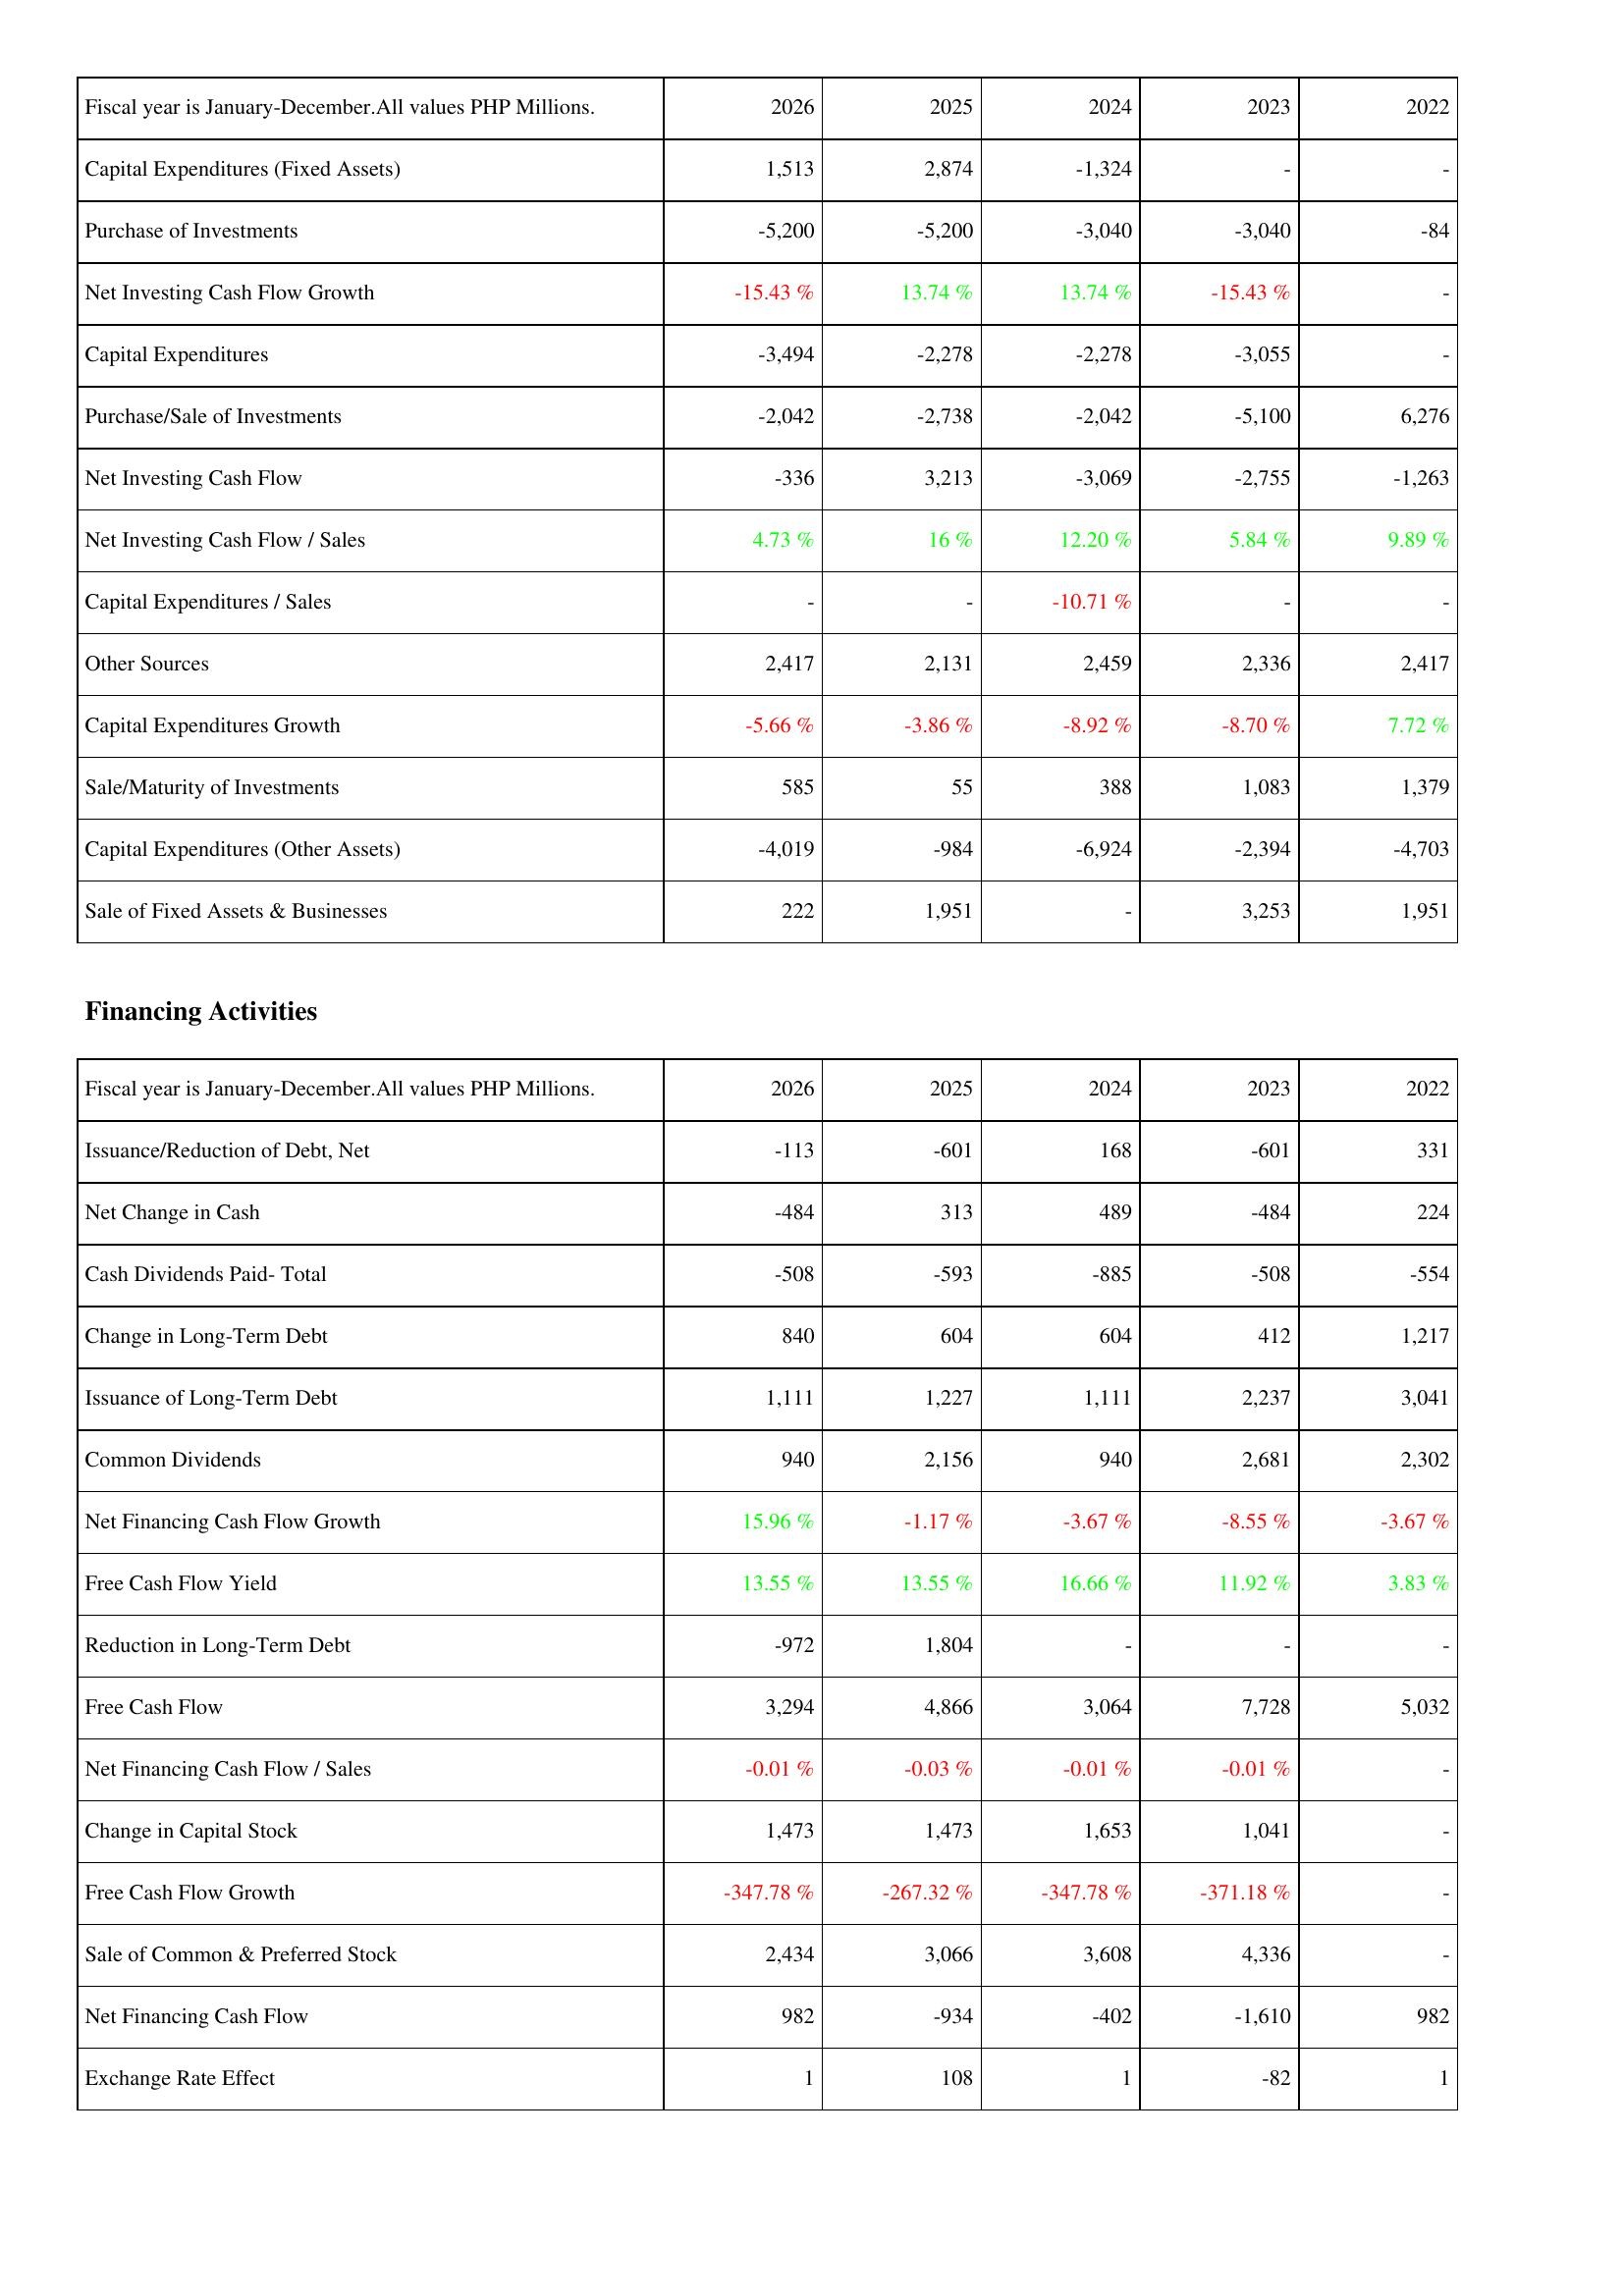
2026: Investing Activities: Capital Expenditures (Fixed Assets): 1,513
Purchase of Investments: -5,200
Net Investing Cash Flow Growth: -15.43 %
Capital Expenditures: -3,494
Purchase/Sale of Investments: -2,042
Net Investing Cash Flow: -336
Net Investing Cash Flow / Sales: 4.73 %
Capital Expenditures / Sales: -
Other Sources: 2,417
Capital Expenditures Growth: -5.66 %
Sale/Maturity of Investments: 585
Capital Expenditures (Other Assets): -4,019
Sale of Fixed Assets & Businesses: 222
Financing Activities: Issuance/Reduction of Debt, Net: -113
Net Change in Cash: -484
Cash Dividends Paid- Total: -508
Change in Long-Term Debt: 840
Issuance of Long-Term Debt: 1,111
Common Dividends: 940
Net Financing Cash Flow Growth: 15.96 %
Free Cash Flow Yield: 13.55 %
Reduction in Long-Term Debt: -972
Free Cash Flow: 3,294
Net Financing Cash Flow / Sales: -0.01 %
Change in Capital Stock: 1,473
Free Cash Flow Growth: -347.78 %
Sale of Common & Preferred Stock: 2,434
Net Financing Cash Flow: 982
Exchange Rate Effect: 1
2025: Investing Activities: Capital Expenditures (Fixed Assets): 2,874
Purchase of Investments: -5,200
Net Investing Cash Flow Growth: 13.74 %
Capital Expenditures: -2,278
Purchase/Sale of Investments: -2,738
Net Investing Cash Flow: 3,213
Net Investing Cash Flow / Sales: 16 %
Capital Expenditures / Sales: -
Other Sources: 2,131
Capital Expenditures Growth: -3.86 %
Sale/Maturity of Investments: 55
Capital Expenditures (Other Assets): -984
Sale of Fixed Assets & Businesses: 1,951
Financing Activities: Issuance/Reduction of Debt, Net: -601
Net Change in Cash: 313
Cash Dividends Paid- Total: -593
Change in Long-Term Debt: 604
Issuance of Long-Term Debt: 1,227
Common Dividends: 2,156
Net Financing Cash Flow Growth: -1.17 %
Free Cash Flow Yield: 13.55 %
Reduction in Long-Term Debt: 1,804
Free Cash Flow: 4,866
Net Financing Cash Flow / Sales: -0.03 %
Change in Capital Stock: 1,473
Free Cash Flow Growth: -267.32 %
Sale of Common & Preferred Stock: 3,066
Net Financing Cash Flow: -934
Exchange Rate Effect: 108
2024: Investing Activities: Capital Expenditures (Fixed Assets): -1,324
Purchase of Investments: -3,040
Net Investing Cash Flow Growth: 13.74 %
Capital Expenditures: -2,278
Purchase/Sale of Investments: -2,042
Net Investing Cash Flow: -3,069
Net Investing Cash Flow / Sales: 12.20 %
Capital Expenditures / Sales: -10.71 %
Other Sources: 2,459
Capital Expenditures Growth: -8.92 %
Sale/Maturity of Investments: 388
Capital Expenditures (Other Assets): -6,924
Sale of Fixed Assets & Businesses: -
Financing Activities: Issuance/Reduction of Debt, Net: 168
Net Change in Cash: 489
Cash Dividends Paid- Total: -885
Change in Long-Term Debt: 604
Issuance of Long-Term Debt: 1,111
Common Dividends: 940
Net Financing Cash Flow Growth: -3.67 %
Free Cash Flow Yield: 16.66 %
Reduction in Long-Term Debt: -
Free Cash Flow: 3,064
Net Financing Cash Flow / Sales: -0.01 %
Change in Capital Stock: 1,653
Free Cash Flow Growth: -347.78 %
Sale of Common & Preferred Stock: 3,608
Net Financing Cash Flow: -402
Exchange Rate Effect: 1
2023: Investing Activities: Capital Expenditures (Fixed Assets): -
Purchase of Investments: -3,040
Net Investing Cash Flow Growth: -15.43 %
Capital Expenditures: -3,055
Purchase/Sale of Investments: -5,100
Net Investing Cash Flow: -2,755
Net Investing Cash Flow / Sales: 5.84 %
Capital Expenditures / Sales: -
Other Sources: 2,336
Capital Expenditures Growth: -8.70 %
Sale/Maturity of Investments: 1,083
Capital Expenditures (Other Assets): -2,394
Sale of Fixed Assets & Businesses: 3,253
Financing Activities: Issuance/Reduction of Debt, Net: -601
Net Change in Cash: -484
Cash Dividends Paid- Total: -508
Change in Long-Term Debt: 412
Issuance of Long-Term Debt: 2,237
Common Dividends: 2,681
Net Financing Cash Flow Growth: -8.55 %
Free Cash Flow Yield: 11.92 %
Reduction in Long-Term Debt: -
Free Cash Flow: 7,728
Net Financing Cash Flow / Sales: -0.01 %
Change in Capital Stock: 1,041
Free Cash Flow Growth: -371.18 %
Sale of Common & Preferred Stock: 4,336
Net Financing Cash Flow: -1,610
Exchange Rate Effect: -82
2022: Investing Activities: Capital Expenditures (Fixed Assets): -
Purchase of Investments: -84
Net Investing Cash Flow Growth: -
Capital Expenditures: -
Purchase/Sale of Investments: 6,276
Net Investing Cash Flow: -1,263
Net Investing Cash Flow / Sales: 9.89 %
Capital Expenditures / Sales: -
Other Sources: 2,417
Capital Expenditures Growth: 7.72 %
Sale/Maturity of Investments: 1,379
Capital Expenditures (Other Assets): -4,703
Sale of Fixed Assets & Businesses: 1,951
Financing Activities: Issuance/Reduction of Debt, Net: 331
Net Change in Cash: 224
Cash Dividends Paid- Total: -554
Change in Long-Term Debt: 1,217
Issuance of Long-Term Debt: 3,041
Common Dividends: 2,302
Net Financing Cash Flow Growth: -3.67 %
Free Cash Flow Yield: 3.83 %
Reduction in Long-Term Debt: -
Free Cash Flow: 5,032
Net Financing Cash Flow / Sales: -
Change in Capital Stock: -
Free Cash Flow Growth: -
Sale of Common & Preferred Stock: -
Net Financing Cash Flow: 982
Exchange Rate Effect: 1